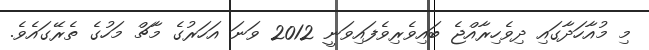
މި މުއާހަދާގައި ދިވެހިރާއްޖެ ބައިވެރިވެފައިވަނީ 2012 ވަނަ އަހަރުގެ މާޗް މަހުގެ ތެރޭގައެވެ.